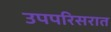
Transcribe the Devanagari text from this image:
उपपरिसरात